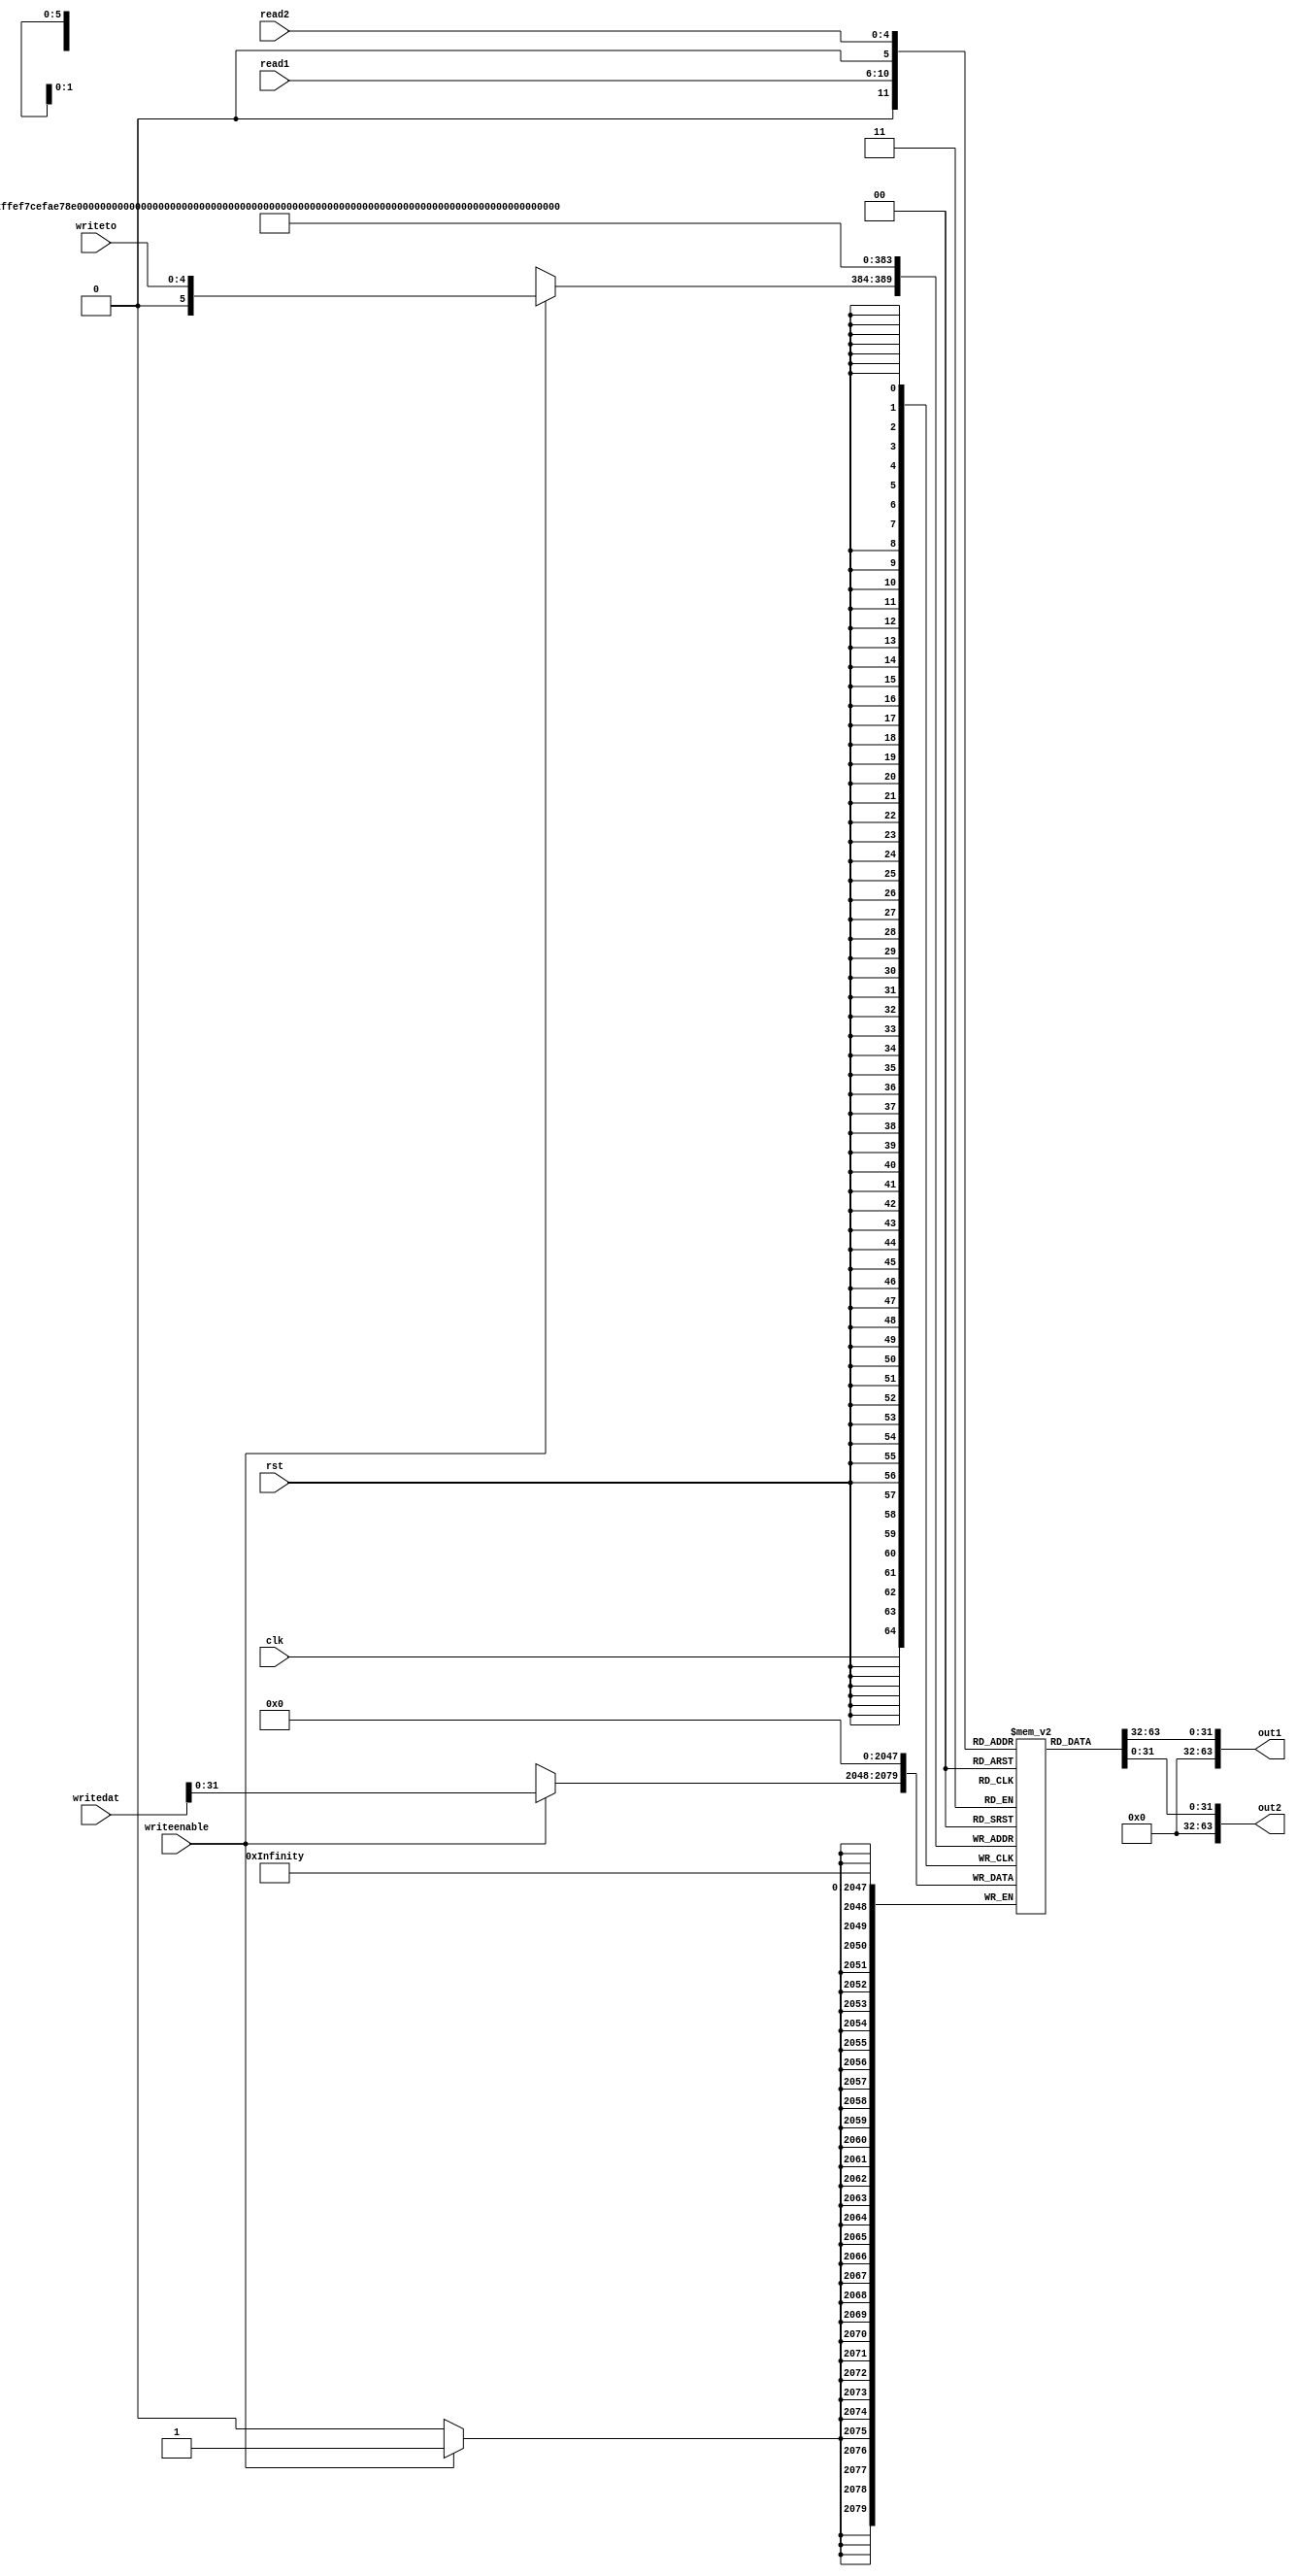
// got help from sammy T
module registerfile (clk, rst, read1, read2, writeto, writedat, writeenable, out1, out2);
    input writeenable, clk, rst;
    input [4:0] read1; 
    input [4:0] read2; 
    input [4:0] writeto;
    input [63:0] writedat;
    output [63:0] out1, out2;

    reg [31:0] RF [63:0];

    assign #4 out1 = RF[read1];
    assign #4 out2 = RF[read2];

    always @(posedge clk)
    begin
        if (writeenable) RF[writeto] <= writedat;
            $display("regfile: %h, %h, %h, %h, %h, %h, %h, %h,", 
                RF[0], RF[1], RF[2], RF[3], RF[4], RF[5], RF[6], RF[7]);
            $display("         %h, %h, %h, %h, %h, %h, %h, %h,", 
                RF[8], RF[9], RF[10], RF[11], RF[12], RF[13], RF[14], RF[15]);
            $display("         %h, %h, %h, %h, %h, %h, %h, %h,", 
                RF[16], RF[17], RF[18], RF[19], RF[20], RF[21], RF[22], RF[23]);
            $display("         %h, %h, %h, %h, %h, %h, %h, %h,", 
                RF[24], RF[25], RF[26], RF[27], RF[28], RF[29], RF[30], RF[31]);
            $display("         %h, %h, %h, %h, %h, %h, %h, %h,", 
                RF[32], RF[33], RF[34], RF[35], RF[36], RF[37], RF[38], RF[39]);
            $display("         %h, %h, %h, %h, %h, %h, %h, %h,", 
                RF[40], RF[41], RF[42], RF[43], RF[44], RF[45], RF[46], RF[47]);
            $display("         %h, %h, %h, %h, %h, %h, %h, %h,", 
                RF[48], RF[49], RF[50], RF[51], RF[52], RF[53], RF[54], RF[55]);
            $display("         %h, %h, %h, %h, %h, %h, %h, %h,", 
                RF[56], RF[57], RF[58], RF[59], RF[60], RF[61], RF[62], RF[63]);
    end

    always @(posedge rst)
    begin
        RF[0] <= 64'h0000000000000000;
        RF[1] <= 64'h0000000000000000;
        RF[2] <= 64'h0000000000000000;
        RF[3] <= 64'h0000000000000000;
        RF[4] <= 64'h0000000000000000;
        RF[5] <= 64'h0000000000000000;
        RF[6] <= 64'h0000000000000000;
        RF[7] <= 64'h0000000000000000;
        RF[8] <= 64'h0000000000000000;
        RF[9] <= 64'h0000000000000000;
        RF[10] <= 64'h0000000000000000;
        RF[11] <= 64'h0000000000000000;
        RF[12] <= 64'h0000000000000000;
        RF[13] <= 64'h0000000000000000;
        RF[14] <= 64'h0000000000000000;
        RF[15] <= 64'h0000000000000000;
        RF[16] <= 64'h0000000000000000;
        RF[17] <= 64'h0000000000000000;
        RF[18] <= 64'h0000000000000000;
        RF[19] <= 64'h0000000000000000;
        RF[20] <= 64'h0000000000000000;
        RF[21] <= 64'h0000000000000000;
        RF[22] <= 64'h0000000000000000;
        RF[23] <= 64'h0000000000000000;
        RF[24] <= 64'h0000000000000000;
        RF[25] <= 64'h0000000000000000;
        RF[26] <= 64'h0000000000000000;
        RF[27] <= 64'h0000000000000000;
        RF[28] <= 64'h0000000000000000;
        RF[29] <= 64'h0000000000000000;
        RF[30] <= 64'h0000000000000000;
        RF[31] <= 64'h0000000000000000;
        RF[32] <= 64'h0000000000000000;
        RF[33] <= 64'h0000000000000000;
        RF[34] <= 64'h0000000000000000;
        RF[35] <= 64'h0000000000000000;
        RF[36] <= 64'h0000000000000000;
        RF[37] <= 64'h0000000000000000;
        RF[38] <= 64'h0000000000000000;
        RF[39] <= 64'h0000000000000000;
        RF[40] <= 64'h0000000000000000;
        RF[41] <= 64'h0000000000000000;
        RF[42] <= 64'h0000000000000000;
        RF[43] <= 64'h0000000000000000;
        RF[44] <= 64'h0000000000000000;
        RF[45] <= 64'h0000000000000000;
        RF[46] <= 64'h0000000000000000;
        RF[47] <= 64'h0000000000000000;
        RF[48] <= 64'h0000000000000000;
        RF[49] <= 64'h0000000000000000;
        RF[50] <= 64'h0000000000000000;
        RF[51] <= 64'h0000000000000000;
        RF[52] <= 64'h0000000000000000;
        RF[53] <= 64'h0000000000000000;
        RF[54] <= 64'h0000000000000000;
        RF[55] <= 64'h0000000000000000;
        RF[56] <= 64'h0000000000000000;
        RF[57] <= 64'h0000000000000000;
        RF[58] <= 64'h0000000000000000;
        RF[59] <= 64'h0000000000000000;
        RF[60] <= 64'h0000000000000000;
        RF[61] <= 64'h0000000000000000;
        RF[62] <= 64'h0000000000000000;
        RF[63] <= 64'h0000000000000000;
    end
endmodule

// module registerfile (clk, rst, read1, read2, writeto, writedat, writeenable, out1, out2); 
//     input writeenable, clk, rst; 
//     input [4:0] read1; 
//     input [4:0] read2; 
//     input [4:0] writeto; 
//     input [63:0] writedat; 
//     output [63:0] out1, out2; 
//     // 32 bit registers x 32 
//     reg [63:0] RF [31:0];

//     assign #2 out1 = RF[read1];
//     assign #2 out2 = RF[read2];

//     always @ (negedge clk) 
//     begin
//         if(writeenable)
//         if (writeto != 4'd31)
//             RF[writeto] <= #3 writedat;
//         else 
//             RF[0] <= #3 'd0; 
//     end

// endmodule